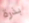
بذرة